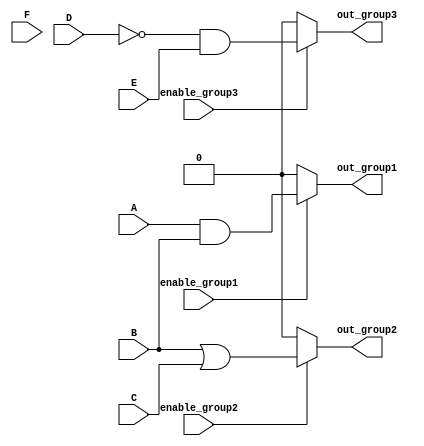
module combinational_logic_block (
    input wire A, B, C, D, E, F, // Input signals
    input wire enable_group1,    // Control signal for Group 1
    input wire enable_group2,    // Control signal for Group 2
    input wire enable_group3,    // Control signal for Group 3
    output wire out_group1,      // Output for Group 1
    output wire out_group2,      // Output for Group 2
    output wire out_group3       // Output for Group 3
);

// Group 1: Output = A AND B
assign out_group1 = enable_group1 ? (A & B) : 1'b0; 

// Group 2: Output = B OR C
assign out_group2 = enable_group2 ? (B | C) : 1'b0;

// Group 3: Output = NOT D AND E
assign out_group3 = enable_group3 ? (~D & E) : 1'b0;

endmodule